Indian journal of veterinary science and animal husbandry - Volume 6,
Year: 1936
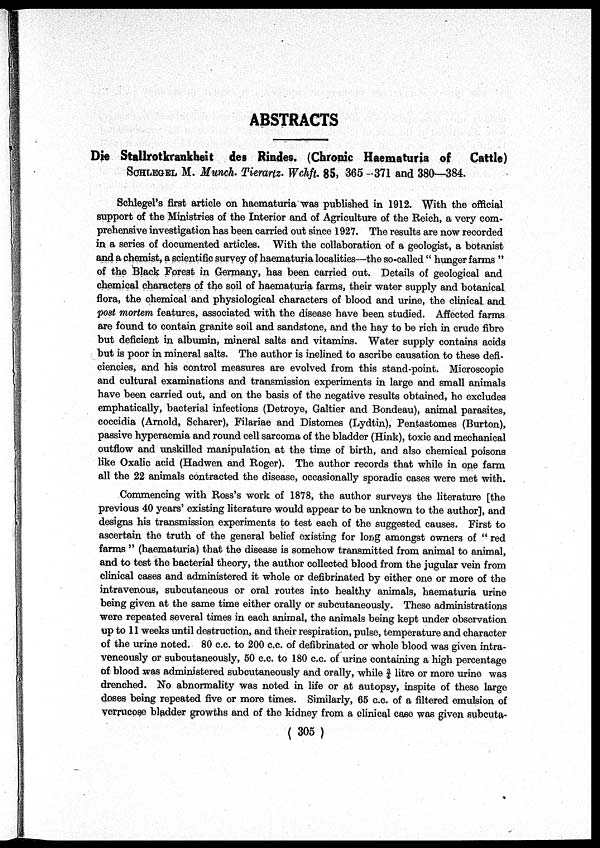
ABSTRACTS
Die Stallrotkrankheit des Rindes. (Chronic Haematuria of
Cattle)
SCHLEGEL M. Munch Tierartz. Wchft. 85, 365 -371 and 380—384.
Schlegel's first article on haematuria was published in 1912. With the official
support of the Ministries of the Interior and of Agriculture of the Reich, a very com-
prehensive investigation has been carried out since 1927. The results are now recorded
in a series of documented articles. With the collaboration of a geologist, a botanist
and a chemist, a scientific survey of haematuria localities—the so-called " hunger farms "
of the Black Forest in Germany, has been carried out. Details of geological and
chemical characters of the soil of haematuria farms, their water supply and botanical
flora, the chemical and physiological characters of blood and urine, the clinical and
post mortem features, associated with the disease have been studied. Affected farms
are found to contain granite soil and sandstone, and the hay to be rich in crude fibre
but deficient in albumin, mineral salts and vitamins. Water supply contains acids
but is poor in mineral salts. The author is inclined to ascribe causation to these defi-
ciencies, and his control measures are evolved from this stand-point. Microscopic
and cultural examinations and transmission experiments in large and small animals
have been carried out, and on the basis of the negative results obtained, he excludes
emphatically, bacterial infections (Detroye, Galtier and Bondeau), animal parasites,
coccidia (Arnold, Scharer), Filariae and Distomes (Lydtin), Pentastomes (Burton),
passive hyperaemia and round cell sarcoma of the bladder (Hink), toxic and mechanical
outflow and unskilled manipulation at the time of birth, and also chemical poisons
like Oxalic acid (Hadwen and Roger). The author records that while in one farm
all the 22 animals contracted the disease, occasionally sporadic cases were met with.
Commencing with Ross's work of 1878, the author surveys the literature [the
previous 40 years' existing literature would appear to be unknown to the author], and
designs his transmission experiments to test each of the suggested causes. First to
ascertain the truth of the general belief existing for long amongst owners of " red
farms " (haematuria) that the disease is somehow transmitted from animal to animal,
and to test the bacterial theory, the author collected blood from the jugular vein from
clinical cases and administered it whole or defibrinated by either one or more of the
intravenous, subcutaneous or oral routes into healthy animals, haematuria urine
being given at the same time either orally or subcutaneously. These administrations
were repeated several times in each animal, the animals being kept under observation
up to 11 weeks until destruction, and their respiration, pulse, temperature and character
of the urine noted. 80 c.c. to 200 c.c. of defibrinated or whole blood was given intra¬
veneously or subcutaneously, 50 c.c. to 180 c.c. of urine containing a high percentage
of blood was administered subcutaneously and orally, while ¾ litre or more urine was
drenched. No abnormality was noted in life or at autopsy, inspite of these large
doses being repeated five or more times. Similarly, 65 c.c. of a filtered emulsion of
verrucose bladder growths and of the kidney from a clinical case was given subcuta¬
( 305 )